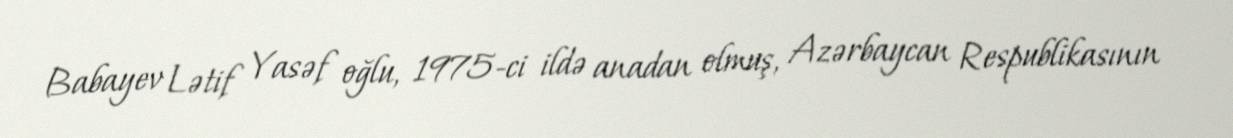
Babayev Lətif Yasəf oğlu, 1975-ci ildə anadan olmuş, Azərbaycan Respublikasının